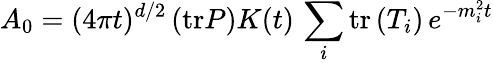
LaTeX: A_{0}=(4\pi t)^{d/2}\left(\mathrm{tr}P\right)K(t)\, \sum_{i}\mathrm{tr}\left(T_{i}\right)\, e^{-m_{i}^{2}t}